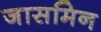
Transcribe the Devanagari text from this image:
जासमिन